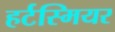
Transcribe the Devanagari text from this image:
हर्टस्मियर